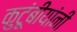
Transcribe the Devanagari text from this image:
कुटूंबीयांनी